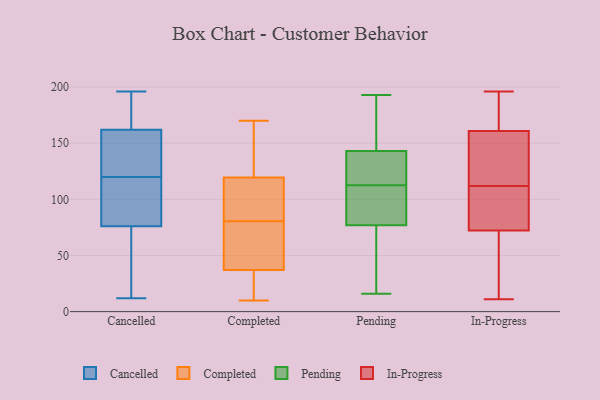
{"axis": {"x": "Tickets Resolved", "y": "Value"}, "legend": ["Cancelled", "Completed", "In-Progress", "Pending"], "data": [{"x": "", "y": 95, "type": "Cancelled"}, {"x": "", "y": 40, "type": "Cancelled"}, {"x": "", "y": 68, "type": "Cancelled"}, {"x": "", "y": 124, "type": "Cancelled"}, {"x": "", "y": 171, "type": "Cancelled"}, {"x": "", "y": 153, "type": "Cancelled"}, {"x": "", "y": 32, "type": "Cancelled"}, {"x": "", "y": 12, "type": "Cancelled"}, {"x": "", "y": 185, "type": "Cancelled"}, {"x": "", "y": 139, "type": "Cancelled"}, {"x": "", "y": 118, "type": "Cancelled"}, {"x": "", "y": 174, "type": "Cancelled"}, {"x": "", "y": 135, "type": "Cancelled"}, {"x": "", "y": 122, "type": "Cancelled"}, {"x": "", "y": 196, "type": "Cancelled"}, {"x": "", "y": 84, "type": "Cancelled"}, {"x": "", "y": 193, "type": "Cancelled"}, {"x": "", "y": 107, "type": "Cancelled"}, {"x": "", "y": 21, "type": "Cancelled"}, {"x": "", "y": 91, "type": "Cancelled"}, {"x": "", "y": 83, "type": "Completed"}, {"x": "", "y": 170, "type": "Completed"}, {"x": "", "y": 121, "type": "Completed"}, {"x": "", "y": 53, "type": "Completed"}, {"x": "", "y": 78, "type": "Completed"}, {"x": "", "y": 14, "type": "Completed"}, {"x": "", "y": 106, "type": "Completed"}, {"x": "", "y": 34, "type": "Completed"}, {"x": "", "y": 111, "type": "Completed"}, {"x": "", "y": 119, "type": "Completed"}, {"x": "", "y": 33, "type": "Completed"}, {"x": "", "y": 120, "type": "Completed"}, {"x": "", "y": 40, "type": "Completed"}, {"x": "", "y": 21, "type": "Completed"}, {"x": "", "y": 155, "type": "Completed"}, {"x": "", "y": 41, "type": "Completed"}, {"x": "", "y": 10, "type": "Completed"}, {"x": "", "y": 95, "type": "Completed"}, {"x": "", "y": 159, "type": "Completed"}, {"x": "", "y": 51, "type": "Completed"}, {"x": "", "y": 143, "type": "Pending"}, {"x": "", "y": 102, "type": "Pending"}, {"x": "", "y": 138, "type": "Pending"}, {"x": "", "y": 77, "type": "Pending"}, {"x": "", "y": 157, "type": "Pending"}, {"x": "", "y": 127, "type": "Pending"}, {"x": "", "y": 88, "type": "Pending"}, {"x": "", "y": 48, "type": "Pending"}, {"x": "", "y": 193, "type": "Pending"}, {"x": "", "y": 63, "type": "Pending"}, {"x": "", "y": 173, "type": "Pending"}, {"x": "", "y": 117, "type": "Pending"}, {"x": "", "y": 89, "type": "Pending"}, {"x": "", "y": 53, "type": "Pending"}, {"x": "", "y": 108, "type": "Pending"}, {"x": "", "y": 118, "type": "Pending"}, {"x": "", "y": 182, "type": "Pending"}, {"x": "", "y": 16, "type": "Pending"}, {"x": "", "y": 129, "type": "In-Progress"}, {"x": "", "y": 112, "type": "In-Progress"}, {"x": "", "y": 196, "type": "In-Progress"}, {"x": "", "y": 89, "type": "In-Progress"}, {"x": "", "y": 172, "type": "In-Progress"}, {"x": "", "y": 72, "type": "In-Progress"}, {"x": "", "y": 88, "type": "In-Progress"}, {"x": "", "y": 131, "type": "In-Progress"}, {"x": "", "y": 63, "type": "In-Progress"}, {"x": "", "y": 196, "type": "In-Progress"}, {"x": "", "y": 55, "type": "In-Progress"}, {"x": "", "y": 73, "type": "In-Progress"}, {"x": "", "y": 146, "type": "In-Progress"}, {"x": "", "y": 31, "type": "In-Progress"}, {"x": "", "y": 90, "type": "In-Progress"}, {"x": "", "y": 166, "type": "In-Progress"}, {"x": "", "y": 141, "type": "In-Progress"}, {"x": "", "y": 168, "type": "In-Progress"}, {"x": "", "y": 11, "type": "In-Progress"}]}